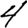
Digit: 4